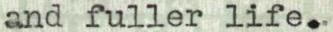
and fuller life.